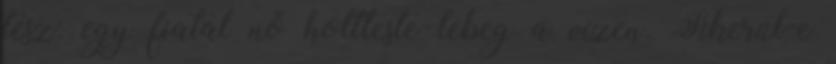
tesz: egy fiatal nő holtteste lebeg a vízen. Sikerül-e